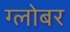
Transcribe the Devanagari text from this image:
ग्लोबर